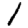
Digit: 1